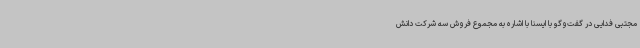
مجتبی فدایی در گفت‌وگو با ایسنا با اشاره به مجموع فروش سه شرکت دانش